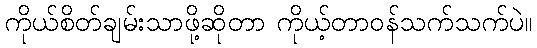
ကိုယ်စိတ်ချမ်းသာဖို့ဆိုတာ ကိုယ့်တာဝန်သက်သက်ပဲ။